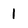
Character: 1